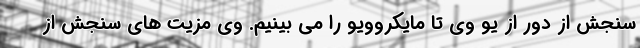
سنجش از دور از یو وی تا مایکروویو را می بینیم. وی مزیت های سنجش از